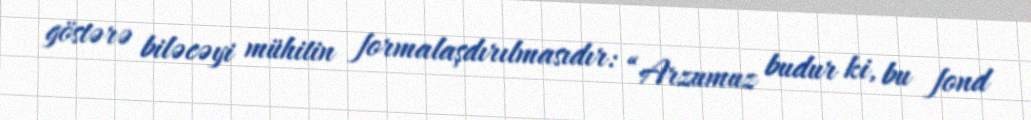
göstərə biləcəyi mühitin formalaşdırılmasıdır: “Arzumuz budur ki, bu fond